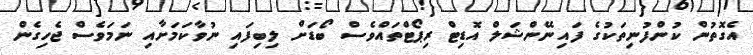
އެގޮތުން ކުންފުނިތަކުގެ ފައިނޭންޝަލް އޮޑިޓް ރިޕޯޓްތައްވެސް ބޯޑަށް ލިބިފައި ނުވާކަމަށާއި ނަމަވެސް ޖެހިގެން